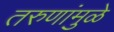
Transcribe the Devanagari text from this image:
तरुणांमुळे